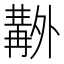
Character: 𠨊